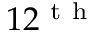
1 2 ^ { \mathrm { ~ t ~ h ~ } }